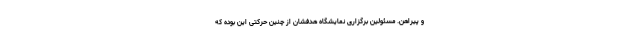
و پیراهن. مسئولین برگزاری نمایشگاه هدفشان از چنین حرکتی این بوده که